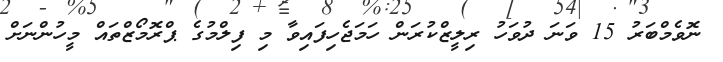
ނޮވެމްބަރު 15 ވަނަ ދުވަހު ރިލީޒްކުރަން ހަމަޖެހިފައިވާ މި ފިލްމުގެ ޕްރޮމޯޒްތައް މީހުންނަށް